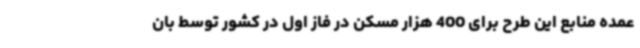
عمده منابع این طرح برای 400 هزار مسکن در فاز اول در کشور توسط بان